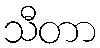
သီတာ